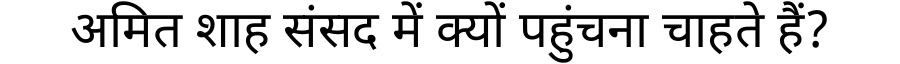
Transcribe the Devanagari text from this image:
अमित शाह संसद में क्यों पहुंचना चाहते हैं?